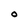
Character: O